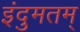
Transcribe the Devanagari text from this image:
इंदुमतम्